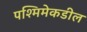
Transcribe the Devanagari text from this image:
पश्मिमेकडील